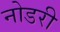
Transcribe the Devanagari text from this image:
नोडरी